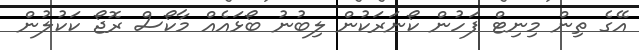
އޭގެ ތިން މިނިޓް ފަހުން ކޯނަރަކުން ލިބުނު ބޯޅައެއް މާކޯސް ރޮޖޯ ކަކުލުން